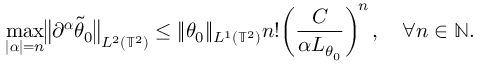
\operatorname* { m a x } _ { | { \boldsymbol { \alpha } } | = n } \bigl \| \partial ^ { \boldsymbol { \alpha } } \tilde { \theta } _ { 0 } \bigr \| _ { L ^ { 2 } ( \ensuremath { \mathbb { T } } ^ { 2 } ) } \leq \| \theta _ { 0 } \| _ { L ^ { 1 } ( \ensuremath { \mathbb { T } } ^ { 2 } ) } n ! \biggl ( \frac { C } { \alpha L _ { \theta _ { 0 } } } \biggr ) ^ { \! n } \, , \quad \forall n \in \ensuremath { \mathbb { N } } .